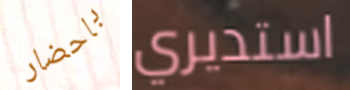
باحضار استديري